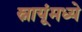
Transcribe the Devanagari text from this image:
स्नायूंमध्ये